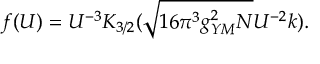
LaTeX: f ( U ) = U ^ { - 3 } K _ { 3 / 2 } ( \sqrt { 1 6 \pi ^ { 3 } g _ { Y M } ^ { 2 } N } U ^ { - 2 } k ) .